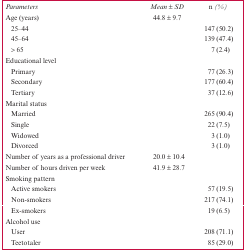
| Parameters | Mean ± SD | n (%) |
 | --- | --- | --- |
 | Age (years) | 44.8 ± 9.7 |  |
 | 25–44 |  | 147 (50.2) |
 | 45–64 |  | 139 (47.4) |
 | > 65 |  | 7 (2.4) |
 | Educational level |  |  |
 | Primary |  | 77 (26.3) |
 | Secondary |  | 177 (60.4) |
 | Tertiary |  | 37 (12.6) |
 | Marital status |  |  |
 | Married |  | 265 (90.4) |
 | Single |  | 22 (7.5) |
 | Widowed |  | 3 (1.0) |
 | Divorced |  | 3 (1.0) |
 | Number of years as a professional driver | 20.0 ± 10.4 |  |
 | Number of hours driven per week | 41.9 ± 28.7 |  |
 | Smoking pattern |  |  |
 | Active smokers |  | 57 (19.5) |
 | Non-smokers |  | 217 (74.1) |
 | Ex-smokers |  | 19 (6.5) |
 | Alcohol use |  |  |
 | User |  | 208 (71.1) |
 | Teetotaler |  | 85 (29.0) |